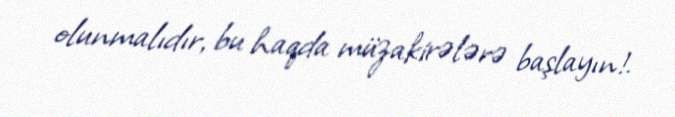
olunmalıdır, bu haqda müzakirələrə başlayın!.